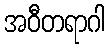
အဝီတရာဂါ